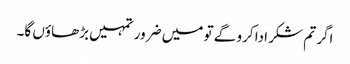
اگر تم شکر ادا کرو گے تو میں ضرور تمہیں بڑھاؤں گا۔